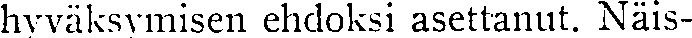
hyväksymisen ehdoksi asettanut. Näis-